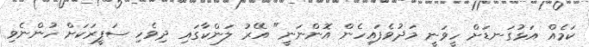
ކަމެއް އަޅުގަނޑަށް ހީވަނީ މަދުވެފައިހެން އޮންނަނީ" އޭރު ލަންކާގައި ދިވެހި ސަފީރަކަށް ހުންނެވި